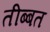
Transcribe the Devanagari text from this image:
तीब्‍बत